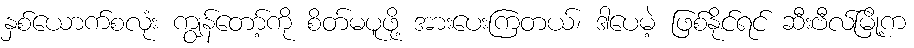
နှစ်ယောက်စလုံး ကျွန်တော့်ကို စိတ်မပူဖို့ အားပေးကြတယ်၊ ဒါပေမဲ့ ဖြစ်နိုင်ရင် ဆီးဗီလ်မြို့က